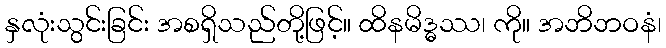
နှလုံးသွင်းခြင်း အစရှိသည်တို့ဖြင့်။ ထိနမိဒ္ဓဿ၊ ကို။ အဘိဘဝနံ၊